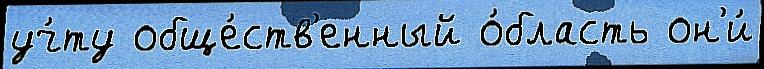
уч́ту обще́ств'енный о́бласть он'и́